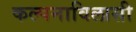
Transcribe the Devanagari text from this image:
कल्पनाविलासी